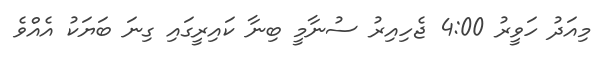
މިއަދު ހަވީރު 4:00 ޖެހިއިރު ސުނާމީ ބިނާ ކައިރީގައި ގިނަ ބަޔަކު އެއްވެ